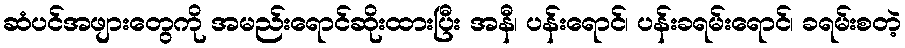
ဆံပင်အဖျားတွေကို အမည်းရောင်ဆိုးထားပြီး အနီ၊ ပန်းရောင်၊ ပန်းခရမ်းရောင်၊ ခရမ်းစတဲ့